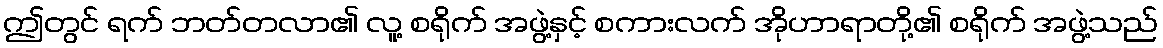
ဤတွင် ရက် ဘတ်တလာ၏ လူ့ စရိုက် အဖွဲ့နှင့် စကားလက် အိုဟာရာတို့၏ စရိုက် အဖွဲ့သည်